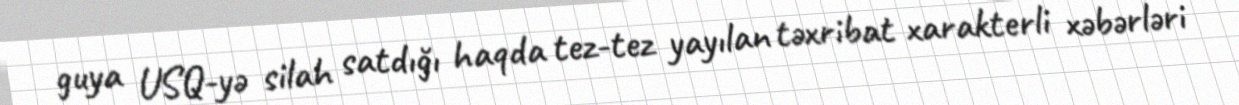
guya USQ-yə silah satdığı haqda tez-tez yayılan təxribat xarakterli xəbərləri